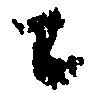
ニ